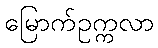
မြောက်ဥက္ကလာ